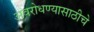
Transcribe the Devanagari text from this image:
अवरोधण्यासाठीचे